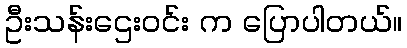
ဦးသန်းဌေးဝင်း က ပြောပါတယ်။